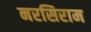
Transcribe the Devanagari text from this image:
नरसिराम